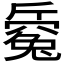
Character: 𣃅